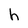
Character: h